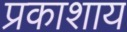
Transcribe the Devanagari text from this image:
प्रकाशाय